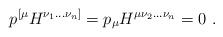
LaTeX: \begin{align*}p^{[\mu} H^{\nu_1...\nu_n]} = p_\mu H^{\mu \nu_2...\nu_n} = 0 \ .\end{align*}